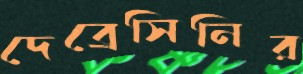
দেব্রেসিনির